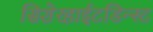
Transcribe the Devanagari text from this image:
सिशेरहाईटडिन्स्ट